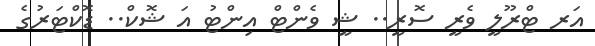
އަރ ޓްރޫލީ ވެރީ ސޮރީ.. ޝީ ވެންޓް އިންޓު އަ ޝޮކް.. ޑޮކްޓަރުގެ